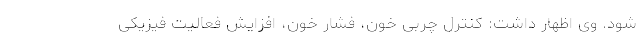
شود. وی اظهار داشت: کنترل چربی خون، فشار خون، افزایش فعالیت فیزیکی